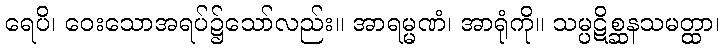
ရေပိ၊ ဝေးသောအရပ်၌သော်လည်း။ အာရမ္မဏံ၊ အာရုံကို။ သမ္ပဋိစ္ဆနသမတ္ထာ၊